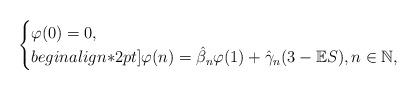
LaTeX: \begin{align*} \begin{cases}\varphi(0)=0,\\begin{align*}2pt]\varphi(n)=\hat{\beta}_n\varphi(1)+\hat{\gamma}_n(3-\mathbb{E}S), n\in\mathbb{N},\end{cases} \end{align*}